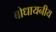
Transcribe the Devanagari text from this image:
बोधायनीय